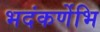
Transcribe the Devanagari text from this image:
भदंकर्णेभि